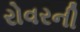
રોવરની